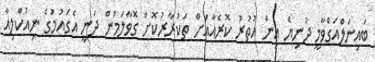
ބައިނަލްއަގްވާމީ ދުނިޔެ އިން އުތުރު ކޮރެއާއަށް ތަކުރާރުކޮށް ގޮވާލަމުން ދަނީ އެގައުމުގެ ނިއުކްލިއާ